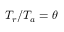
T _ { r } / T _ { a } = \theta